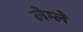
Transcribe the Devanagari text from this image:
लेम्ले